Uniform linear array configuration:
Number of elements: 16
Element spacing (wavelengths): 1
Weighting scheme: binomial
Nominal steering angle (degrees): -45
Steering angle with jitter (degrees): -45.91
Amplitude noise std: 0.05
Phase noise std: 0.05

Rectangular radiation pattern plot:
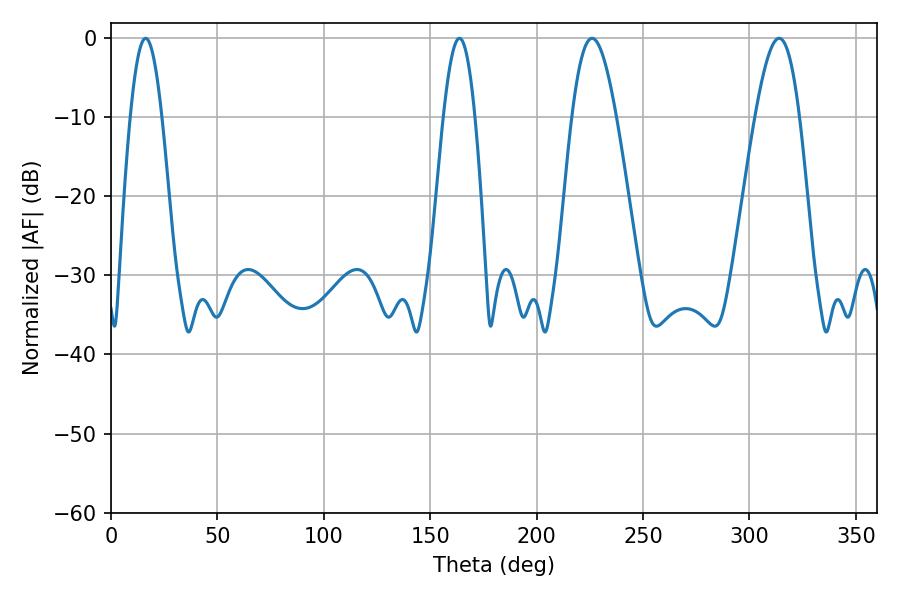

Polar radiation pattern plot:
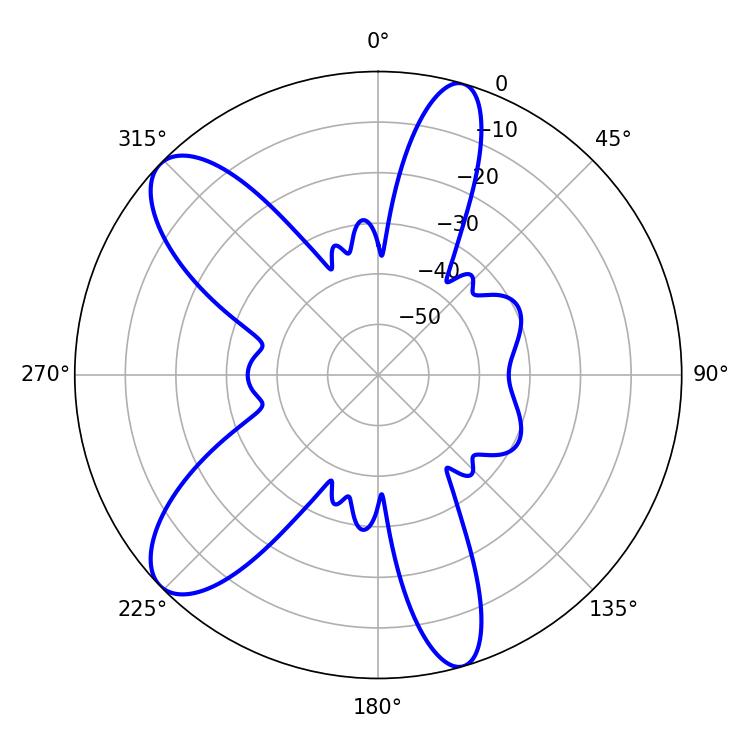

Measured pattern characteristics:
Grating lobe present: TRUE
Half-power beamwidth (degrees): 11.34
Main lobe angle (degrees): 226.08